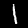
Digit: 1